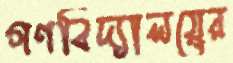
গণবিদ্যালয়ের